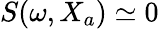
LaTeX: S(\omega,X_{a})\simeq 0